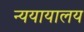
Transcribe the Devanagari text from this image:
न्ययायालय